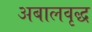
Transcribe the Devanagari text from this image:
अबालवृद्ध